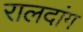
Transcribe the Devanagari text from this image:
रालदांग